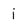
Character: i